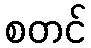
စတင်